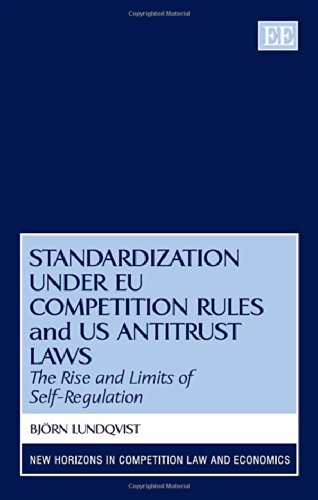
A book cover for Standards in EU Competition Rules and US Antitrust Laws: The Rise and Limits of Self-Regulation (New Horizons in Competition Law and Economics series); Bjorn Lundqvist; Law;